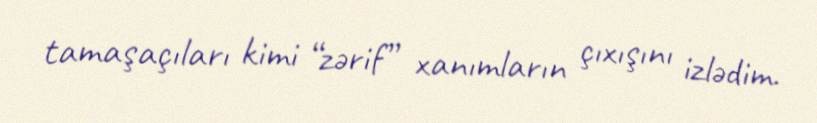
tamaşaçıları kimi “zərif” xanımların çıxışını izlədim.